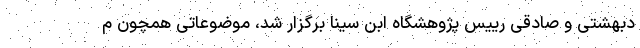
دبهشتی و صادقی رییس پژوهشگاه ابن سینا برگزار شد، موضوعاتی همچون م